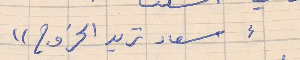
"سعاد تريد الخروج"